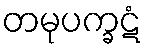
တမုပက္ခဋံ